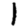
Digit: 1